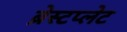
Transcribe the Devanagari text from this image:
ब्रेस्टप्लेट